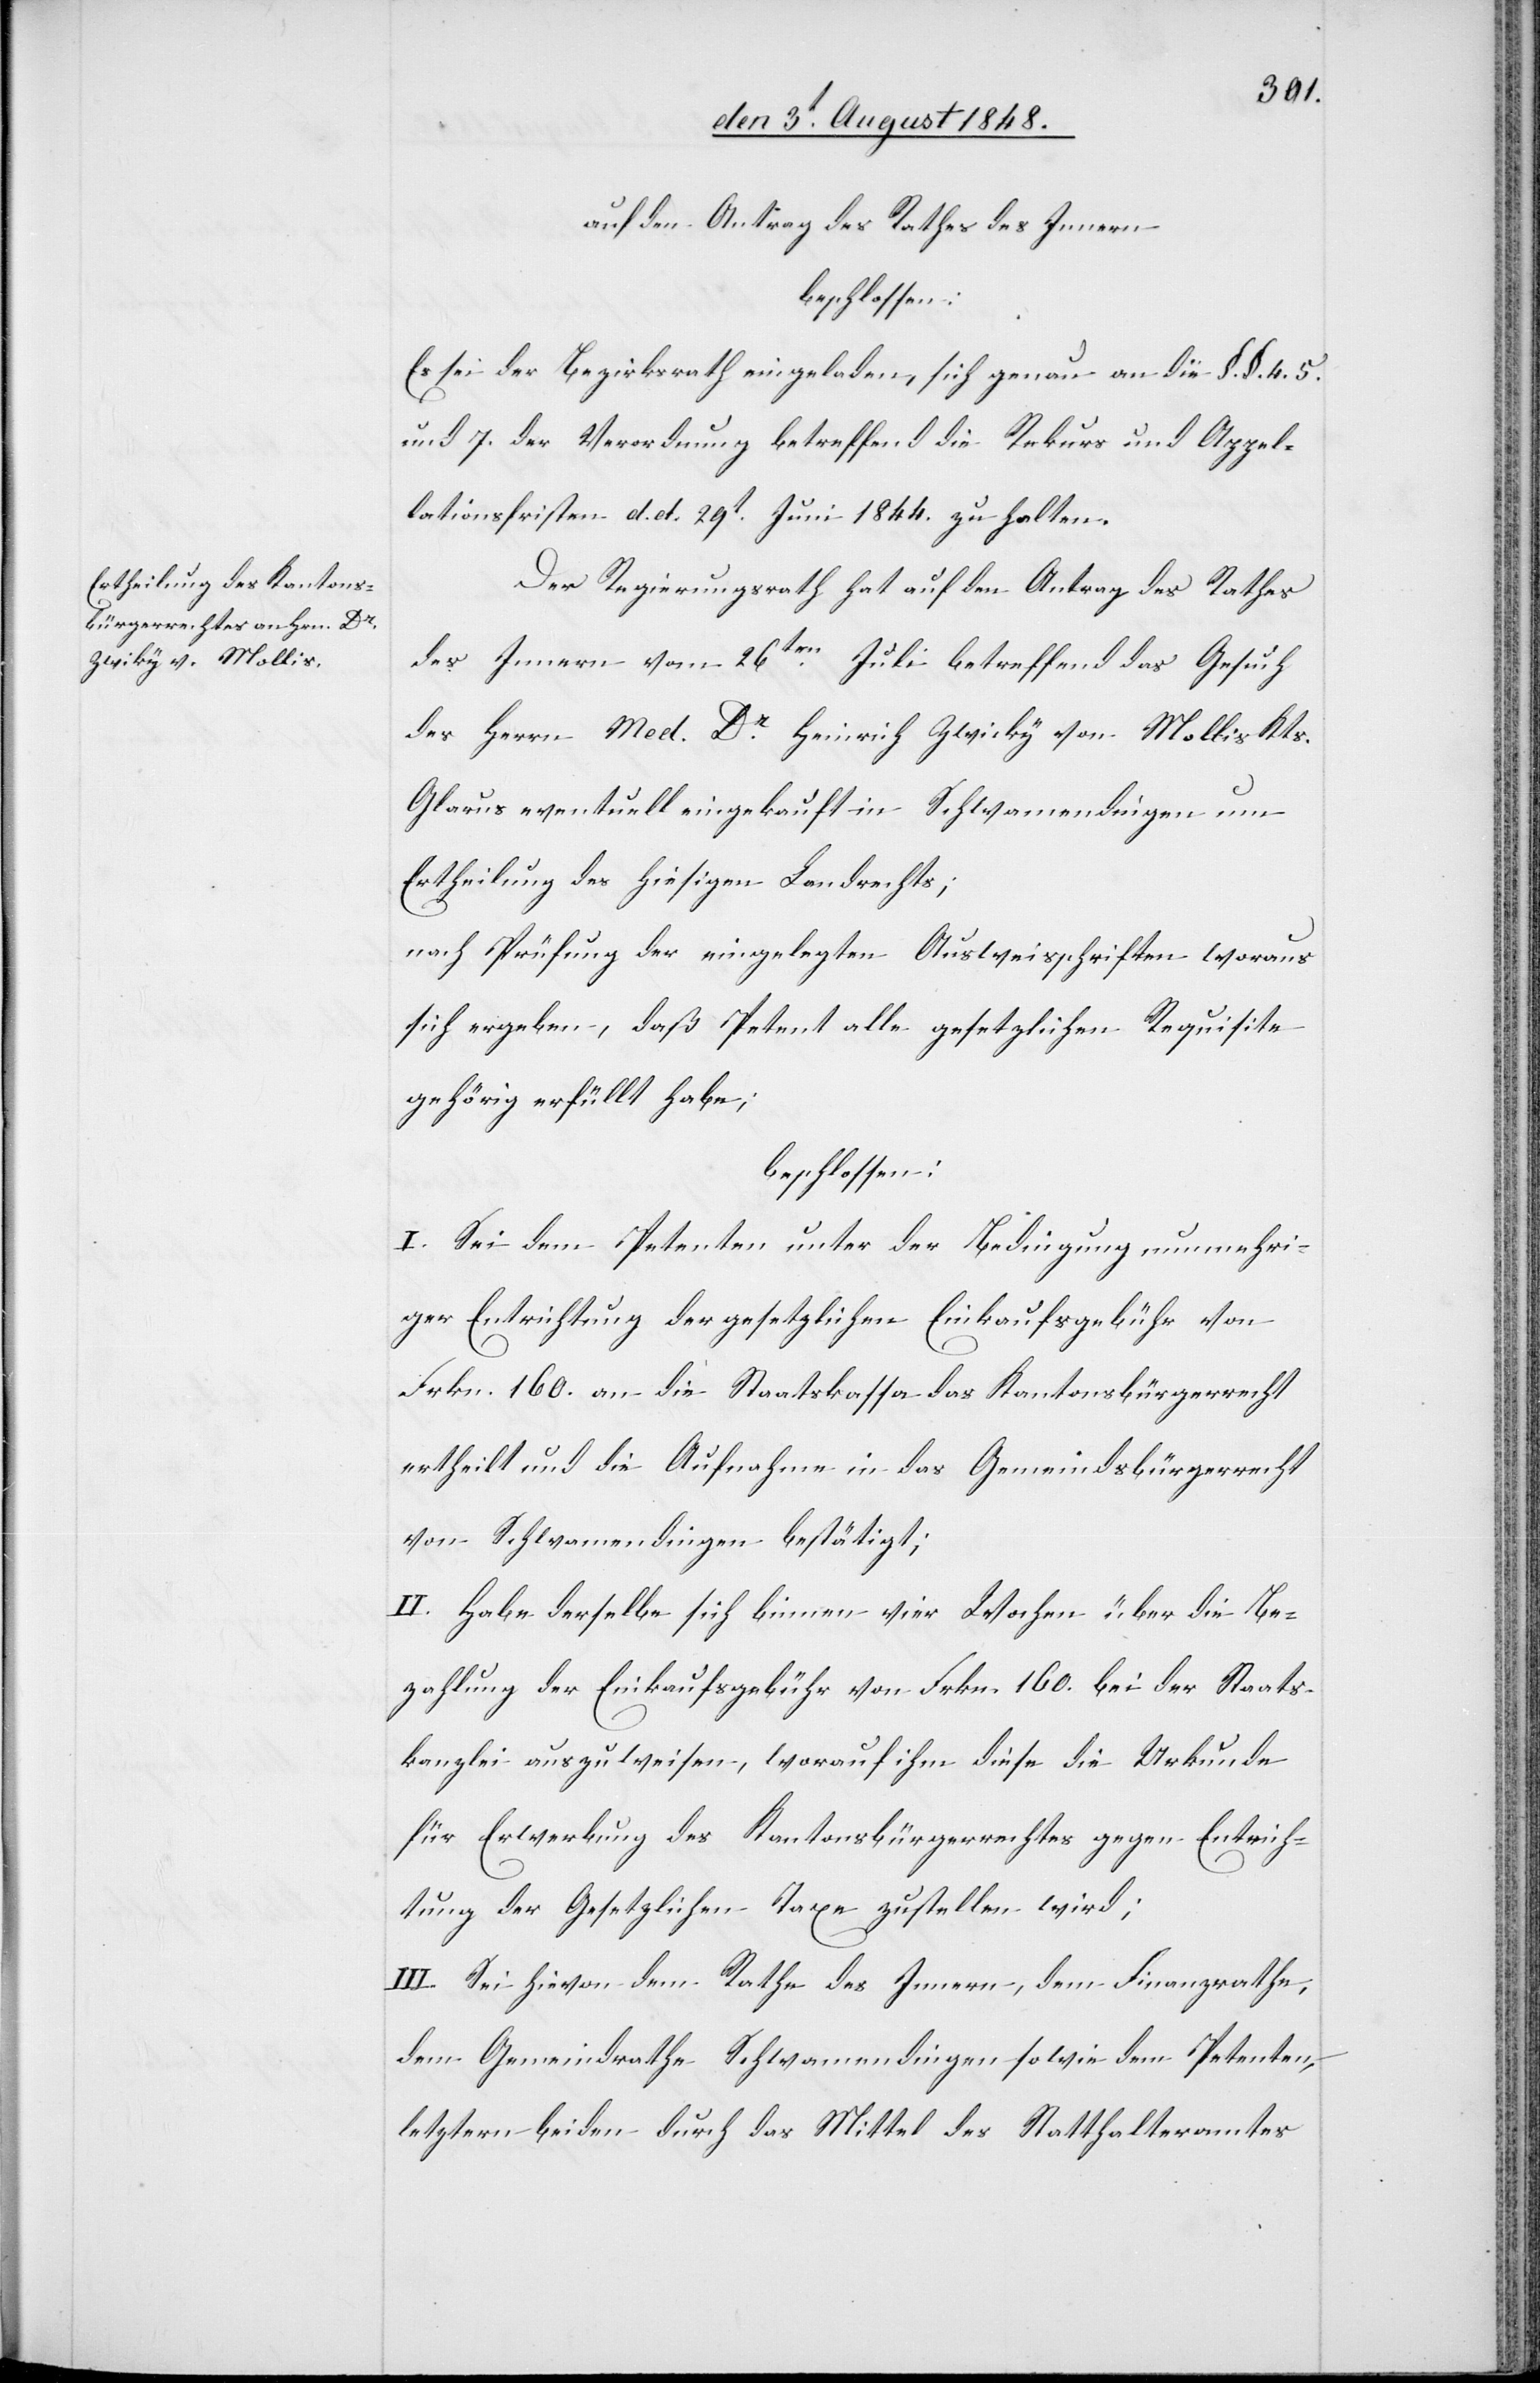
auf den Antrag des Rathes des Innern
beschlossen:
Es sei der Bezirksrath eingeladen, sich genau an die §. §. 4. 5.
und 7. der Verordnung betreffend die Rekurs und Appel¬
lationsfristen d. d. 29t Juni 1844. zu halten.
Der Regierungsrath hat auf den Antrag des Rathes
des Innern vom 26ten Juli betreffend das Gesuch
des Herrn Med. Dr Heinrich Zwicky von Mollis Kts.
Glarus eventuell eingekauft in Schwamendingen um
Ertheilung des hiesigen Landrechts;
nach Prüfung der eingelegten Ausweisschriften woraus
sich ergeben, daß Petent alle gesetzlichen Requisite
gehörig erfüllt habe;
beschlossen:
I. Sei dem Petenten unter der Bedingung nunmehri¬
ger Entrichtung der gesetzlichen Einkaufsgebühr von
Frkn. 160. an die Staatskasse das Kantonsbürgerrecht
ertheilt und die Aufnahme in das Gemeindsbürgerrecht
von Schwamendingen bestätigt;
II. Habe derselbe sich binnen vier Wochen über die Be¬
zahlung der Einkaufsgebühr von Frkn. 160. bei der Staats¬
kanzlei auszuweisen, worauf ihm diese die Urkunde
für Erwerbung des Kantonsbürgerrechtes gegen Entrich¬
tung der Gesetzlichen Taxe zustellen wird;
III. Sei hievon dem Rathe des Innern, dem Finanzrathe,
dem Gemeindrathe Schwamendingen sowie dem Petenten,
letztern beiden durch das Mittel des Statthalteramtes